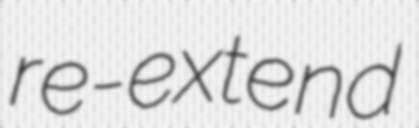
re-extend